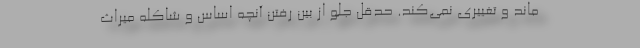
ماند و تغییری نمی‌کند. حدقل جلو از بین رفتن آنچه اساس و شاکله میراث